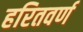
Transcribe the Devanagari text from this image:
हरितवर्ण